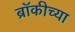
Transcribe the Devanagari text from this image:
ब्रॉकीच्या